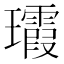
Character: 𤫑